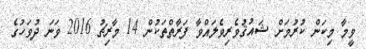
ވީމާ މިކަން ކުރުމަށް ޝައުޤުވެރިވެލައްވާ ފަރާތްތަކުން 14 މާރިޗު 2016 ވަނަ ދުވަހުގެ